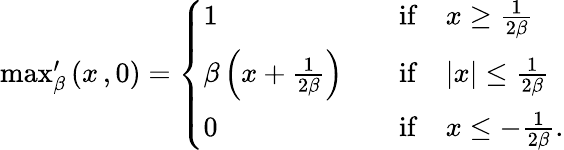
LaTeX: \begin{array}{r}{\operatorname*{max}_{\beta}^{\prime}\left(x\, ,0\right)=\left\{ \begin{array}{ll}{1}&{\quad\mathrm{if}\quad x\ge\frac{1}{2\beta}}\\ {\beta\left(x+\frac{1}{2\beta}\right)}&{\quad\mathrm{if}\quad|x|\le\frac{1}{2\beta}}\\ {0}&{\quad\mathrm{if}\quad x\le-\frac{1}{2\beta}.}\end{array}\right.}\end{array}